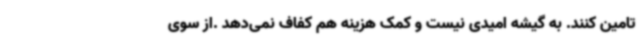
تامین کنند. به گیشه امیدی نیست و کمک هزینه هم کفاف نمی‌دهد .از سوی